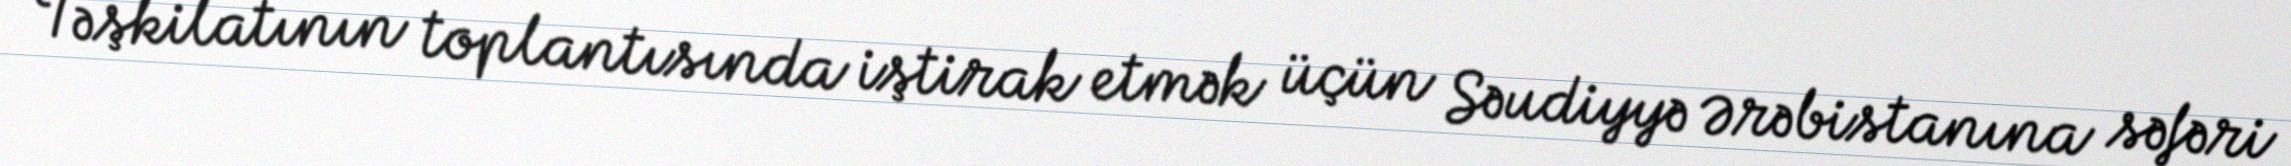
Təşkilatının toplantısında iştirak etmək üçün Səudiyyə Ərəbistanına səfəri